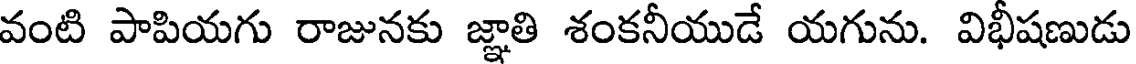
వంటి పాపియగు రాజునకు జ్ఞాతి శంకనీయుడే యగును. విభీషణుడు